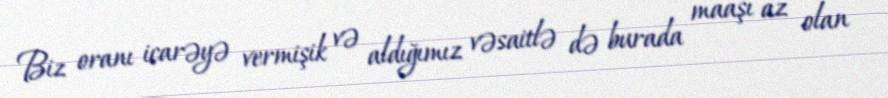
Biz oranı icarəyə vermişik və aldığımız vəsaitlə də burada maaşı az olan